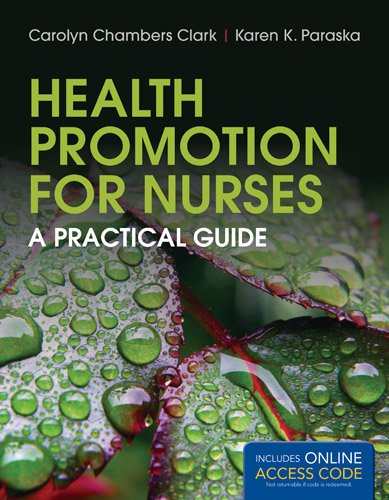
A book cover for Health Promotion For Nurses: A Practical Guide; Carolyn Chambers Clark; Medical Books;